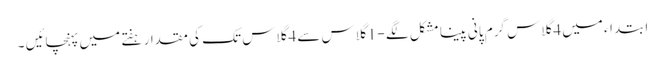
ابتداء میں 4 گلاس گرم پانی پینا مشکل لگے - 1 گلاس سے 4 گلاس تک کی مقدار ہفتے میں پہنچائیں ۔